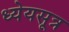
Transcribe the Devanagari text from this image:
ध्येयसूत्र